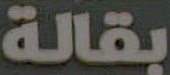
بقالة